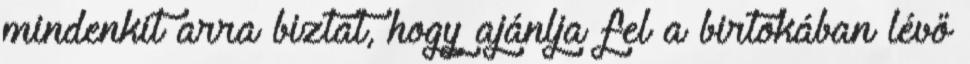
mindenkit arra biztat, hogy ajánlja fel a birtokában lévő